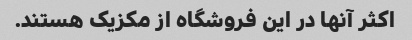
اکثر آنها در این فروشگاه از مکزیک هستند.